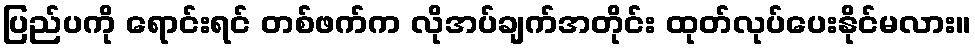
ပြည်ပကို ရောင်းရင် တစ်ဖက်က လိုအပ်ချက်အတိုင်း ထုတ်လုပ်ပေးနိုင်မလား။